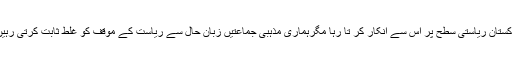
پاکستان ریاستی سطح پر اس سے انکار کر تا رہا مگرہماری مذہبی جماعتیں زبانِ حال سے ریاست کے موقف کو غلط ثابت کرتی رہیں۔